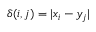
\delta ( i , j ) = | x _ { i } - y _ { j } |